Report on vaccination in the Province of Bengal - 1869-1873
Year: 1869
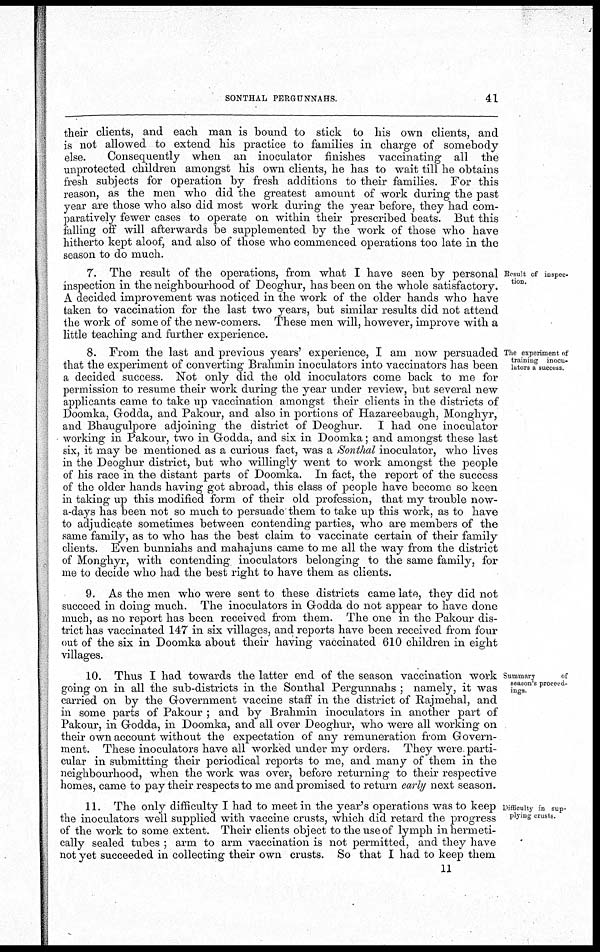
SONTHAL PERGUNNAHS.
41
their clients, and each man is bound to stick to his own clients, and
is not allowed to extend his practice to families in charge of somebody
else.
Consequently when an inoculator finishes vaccinating all the
unprotected children amongst his own clients, he has to wait till he obtains
fresh subjects for operation by fresh additions to their families. For this
reason, as the men who did the greatest amount of work during the past
year are those who also did most work during the year before, they had com-
paratively fewer cases to operate on within their prescribed beats. But this
falling off will afterwards be supplemented by the work of those who have
hitherto kept aloof, and also of those who commenced operations too late in the
season to do much.
Result of inspec-
tion.
7. The result of the operations, from what I have seen by personal
inspection in the neighbourhood of Deoghur, has been on the whole satisfactory.
A decided improvement was noticed in the work of the older hands who have
taken to vaccination for the last two years, but similar results did not attend
the work of some of the new-comers. These men will, however, improve with a
little teaching and further experience.
The experiment of
training inocu-
lators a success
8. From the last and previous years' experience, I am now persuaded
that the experiment of converting Brahmin inoculators into vaccinators has been
a decided success. Not only did the old inoculators come back to me for
permission to resume their work during the year under review, but several new
applicants came to take up vaccination amongst their clients in the districts of
Doomka, Godda, and Pakour, and also in portions of Hazareebaugh, Monghyr,
and Bhaugulpore adjoining the district of Deoghur. I had one inoculator
working in Pakour, two in Godda, and six in Doomka; and amongst these last
six, it may be mentioned as a curious fact, was a Sonthal inoculator, who lives
in the Deoghur district, but who willingly went to work amongst the people
of his race in the distant parts of Doomka. In fact, the report of the success
of the older hands having got abroad, this class of people have become so keen
in taking up this modified form of their old profession, that my trouble now-
a-days has been not so much to persuade them to take up this work, as to have
to adjudicate sometimes between contending parties, who are members of the
same family, as to who has the best claim to vaccinate certain of their family
clients. Even bunniahs and mahajuns came to me all the way from the district
of Monghyr, with contending inoculators belonging to the same family, for
me to decide who had the best right to have them as clients.
9. As the men who were sent to these districts came late, they did not
succeed in doing much. The inoculators in Godda do not appear to have done
much, as no report has been received from them. The one in the Pakour dis-
trict has vaccinated 147 in six villages, and reports have been received from four
out of the six in Doomka about their having vaccinated 610 children in eight
villages.
Summary
of
season's proceed-
ings.
10. Thus I had towards the latter end of the season vaccination work
going on in all the sub-districts in the Sonthal Pergunnahs ; namely, it was
carried on by the Government vaccine staff in the district of Rajmehal, and
in some parts of Pakour ; and by Brahmin inoculators in another part of
Pakour, in Godda, in Doomka, and all over Deoghur, who were all working on
their own account without the expectation of any remuneration from Govern-
ment. These inoculators have all worked under my orders. They were parti-
cular in submitting their periodical reports to me, and many of them in the
neighbourhood, when the work was over, before returning to their respective
homes, came to pay their respects to me and promised to return early next season.
Difficulty in sup-
plying crusts.
11. The only difficulty I had to meet in the year's operations was to keep
the inoculators well supplied with vaccine crusts, which did retard the progress
of the work to some extent. Their clients object to the use of lymph in hermeti-
cally sealed tubes ; arm to arm vaccination is not permitted, and they have
not yet succeeded in collecting their own crusts. So that I had to keep them
11